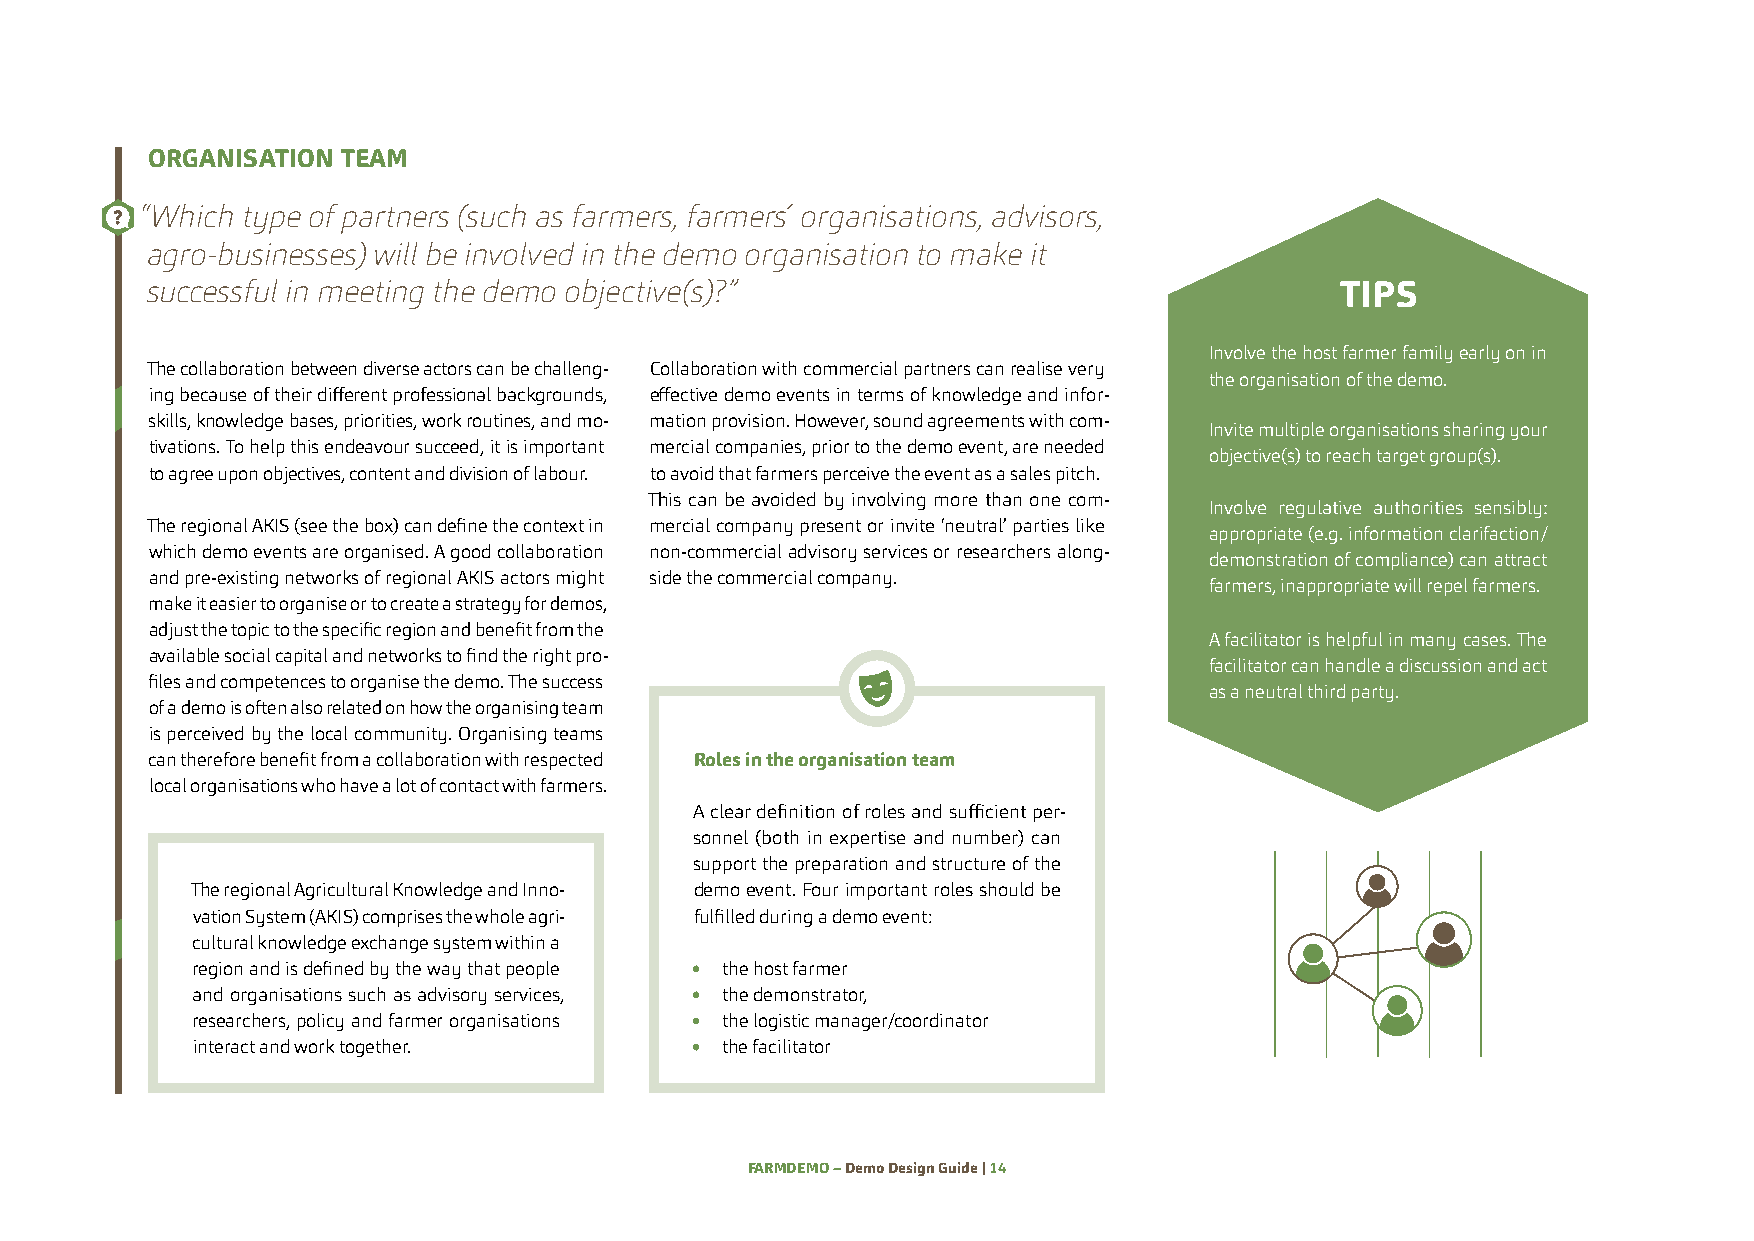
ORGANISATION TEAM
 “Which type of partners (such as farmers, farmers´ organisations, advisors,
 agro-businesses) will be involved in the demo organisation to make it
 successful in meeting the demo objective(s)?”                                  TIPS
 Involve the host farmer family early on in
 The collaboration between diverse actors can be challeng- Collaboration with commercial partners can realise very
 the organisation of the demo.
 ing because of their different professional backgrounds, effective demo events in terms of knowledge and infor-
 skills, knowledge bases, priorities, work routines, and mo- mation provision. However, sound agreements with com-
 Invite multiple organisations sharing your
 tivations. To help this endeavour succeed, it is important mercial companies, prior to the demo event, are needed
 objective(s) to reach target group(s).
 to agree upon objectives, content and division of labour. to avoid that farmers perceive the event as a sales pitch.
 This can be avoided by involving more than one com-
 Involve regulative authorities sensibly:
 The regional AKIS (see the box) can define the context in mercial company present or invite ‘neutral’ parties like
 appropriate (e.g. information clarifaction/
 which demo events are organised. A good collaboration non-commercial advisory services or researchers along-
 demonstration of compliance) can attract
 and pre-existing networks of regional AKIS actors might side the commercial company.
 farmers, inappropriate will repel farmers.
 make it easier to organise or to create a strategy for demos,
 adjust the topic to the specific region and benefit from the
 A facilitator is helpful in many cases. The
 available social capital and networks to find the right pro-
 facilitator can handle a discussion and act
 files and competences to organise the demo. The success
 as a neutral third party.
 of a demo is often also related on how the organising team
 is perceived by the local community. Organising teams
 can therefore benefit from a collaboration with respected Roles in the organisation team
 local organisations who have a lot of contact with farmers.
 A clear definition of roles and sufficient per-
 sonnel (both in expertise and number) can
 support the preparation and structure of the
 The regional Agricultural Knowledge and Inno- demo event. Four important roles should be
 vation System (AKIS) comprises the whole agri- fulfilled during a demo event:
 cultural knowledge exchange system within a
 region and is defined by the way that people the host farmer
 and organisations such as advisory services, the demonstrator,
 researchers, policy and farmer organisations the logistic manager/coordinator
 interact and work together.        the facilitator
 FARMDEMO – Demo Design Guide | 14